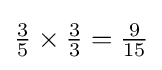
{\tfrac {3}{5}}\times {\tfrac {3}{3}}={\tfrac {9}{15}}